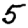
Digit: 5